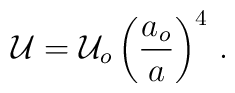
{\cal U}={\cal U}_o\left({a_o\over a}\right)^4\,.